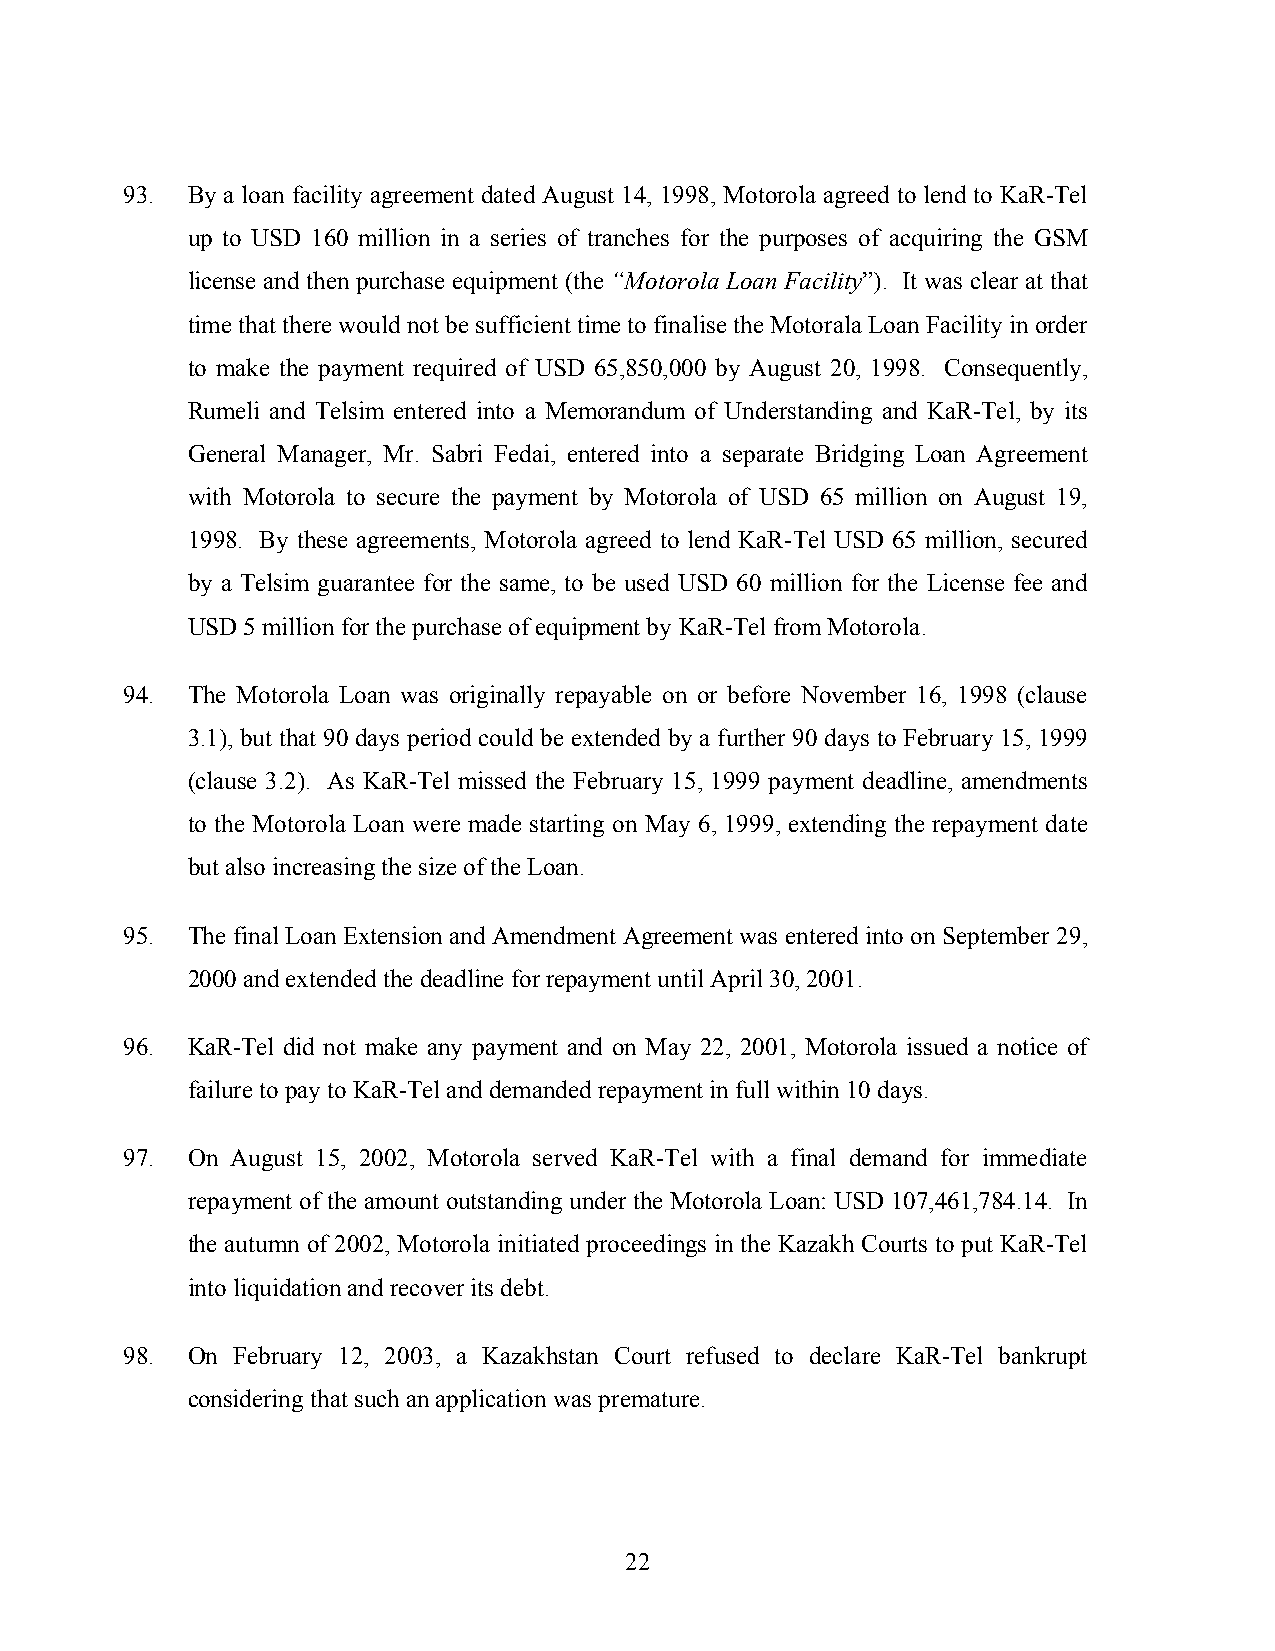
93. By a loan facility agreement dated August 14, 1998, Motorola agreed to lend to KaR-Tel
 up to USD 160 million in a series of tranches for the purposes of acquiring the GSM
 license and then purchase equipment (the “Motorola Loan Facility”). It was clear at that
 time that there would not be sufficient time to finalise the Motorala Loan Facility in order
 to make the payment required of USD 65,850,000 by August 20, 1998. Consequently,
 Rumeli and Telsim entered into a Memorandum of Understanding and KaR-Tel, by its
 General Manager, Mr. Sabri Fedai, entered into a separate Bridging Loan Agreement
 with Motorola to secure the payment by Motorola of USD 65 million on August 19,
 1998. By these agreements, Motorola agreed to lend KaR-Tel USD 65 million, secured
 by a Telsim guarantee for the same, to be used USD 60 million for the License fee and
 USD 5 million for the purchase of equipment by KaR-Tel from Motorola.
 94. The Motorola Loan was originally repayable on or before November 16, 1998 (clause
 3.1), but that 90 days period could be extended by a further 90 days to February 15, 1999
 (clause 3.2). As KaR-Tel missed the February 15, 1999 payment deadline, amendments
 to the Motorola Loan were made starting on May 6, 1999, extending the repayment date
 but also increasing the size of the Loan.
 95. The final Loan Extension and Amendment Agreement was entered into on September 29,
 2000 and extended the deadline for repayment until April 30, 2001.
 96. KaR-Tel did not make any payment and on May 22, 2001, Motorola issued a notice of
 failure to pay to KaR-Tel and demanded repayment in full within 10 days.
 97. On August 15, 2002, Motorola served KaR-Tel with a final demand for immediate
 repayment of the amount outstanding under the Motorola Loan: USD 107,461,784.14. In
 the autumn of 2002, Motorola initiated proceedings in the Kazakh Courts to put KaR-Tel
 into liquidation and recover its debt.
 98. On February 12, 2003, a Kazakhstan Court refused to declare KaR-Tel bankrupt
 considering that such an application was premature.
 22